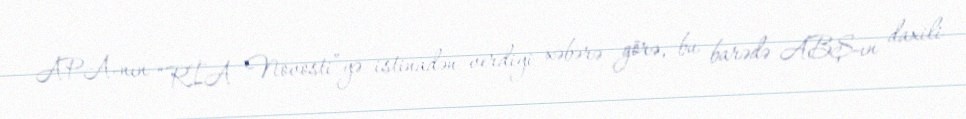
APA-nın “RİA Novosti”yə istinadən verdiyi xəbərə görə, bu barədə ABŞ-ın daxili